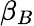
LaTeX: \beta_{B}